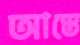
আস্তে